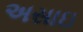
અસાઇ